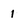
Character: 1